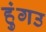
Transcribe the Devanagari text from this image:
हुंगउ